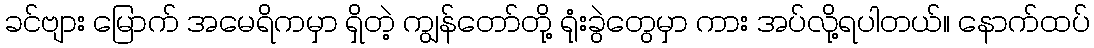
ခင်ဗျား မြောက် အမေရိကမှာ ရှိတဲ့ ကျွန်တော်တို့ ရုံးခွဲတွေမှာ ကား အပ်လို့ရပါတယ်။ နောက်ထပ်